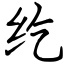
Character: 纥